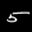
Label: 5